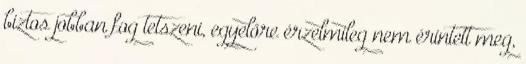
biztos jobban fog tetszeni, egyelőre érzelmileg nem érintett meg,